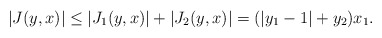
\begin{align*}|J(y,x)|\leq|J_1(y,x)|+|J_2(y,x)|=(|y_1-1|+y_2)x_1.\end{align*}